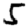
Digit: 5